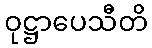
ဝုဋ္ဌာပေသီတိ